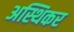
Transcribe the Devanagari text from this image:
अस्थिकर